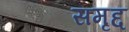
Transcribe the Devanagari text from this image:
समृद्द